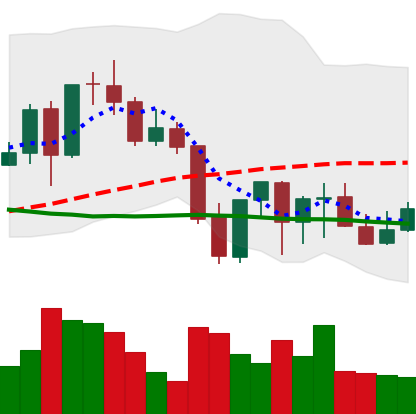
Ticker: LINK-USD
Chart end date: 2021-09-30
Forward return: 13.576%
Label: up_7plus